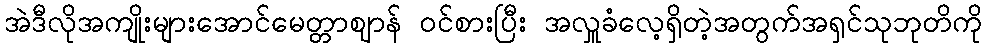
အဲဒီလိုအကျိုးများအောင်မေတ္တာဈာန် ဝင်စားပြီး အလှူခံလေ့ရှိတဲ့အတွက်အရှင်သုဘုတိကို